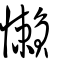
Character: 孏